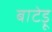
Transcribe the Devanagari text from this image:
बाटेड़ू